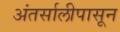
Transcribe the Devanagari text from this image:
अंतर्सालीपासून